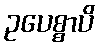
ဥပေစ္စာပိ